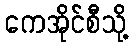
ကေအိုင်စီသို့